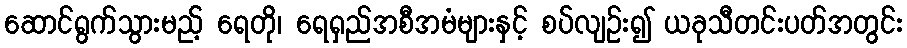
ဆောင်ရွက်သွားမည့် ရေတို၊ ရေရှည်အစီအမံများနှင့် စပ်လျဉ်း၍ ယခုသီတင်းပတ်အတွင်း